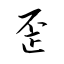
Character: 歪